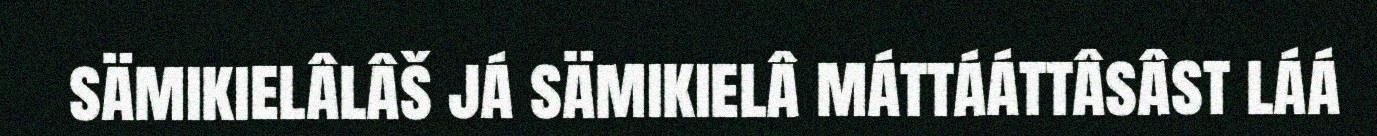
sämikielâlâš já sämikielâ máttááttâsâst láá